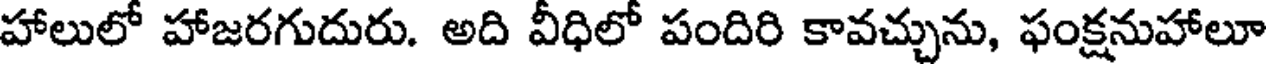
హాలులో హాజరగుదురు. అది వీధిలో పందిరి కావచ్చును, ఫంక్షనుహాలూ